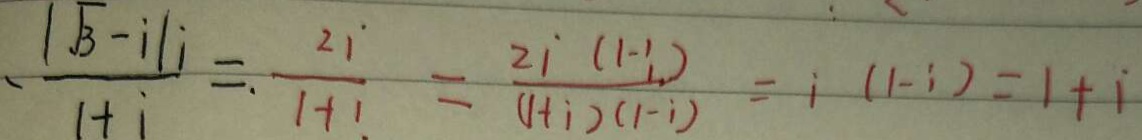
\frac { \vert \sqrt { 3 } - i \vert i } { 1 + i } = \frac { 2 i } { 1 + 1 } = \frac { 2 i ( 1 - i ) } { ( 1 + i ) ( 1 - i ) } = i ( 1 - i ) = 1 + i